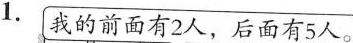
1.我的前面有2人，后面有5人。